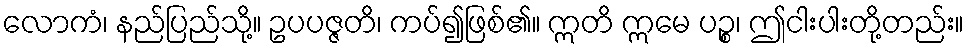
လောကံ၊ နည်ပြည်သို့။ ဥပပဇ္ဇတိ၊ ကပ်၍ဖြစ်၏။ ဣတိ ဣမေ ပဉ္စ၊ ဤငါးပါးတို့တည်း။